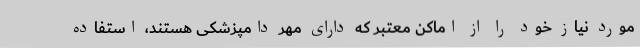
مورد نیاز خود را از اماکن معتبر که دارای مهر دامپزشکی هستند، استفاده